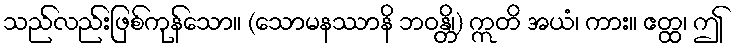
သည်လည်းဖြစ်ကုန်သော။ (သောမနဿာနိ ဘဝန္တိ၊) ဣတိ အယံ၊ ကား။ ဧတ္ထ၊ ဤ